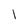
Character: l